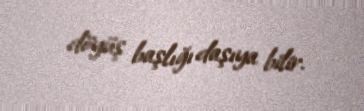
döyüş başlığı daşıya bilir.